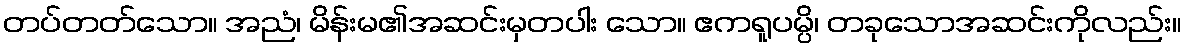
တပ်တတ်သော။ အညံ၊ မိန်းမ၏အဆင်းမှတပါး သော။ ဧကရူပမ္ပိ၊ တခုသောအဆင်းကိုလည်း။